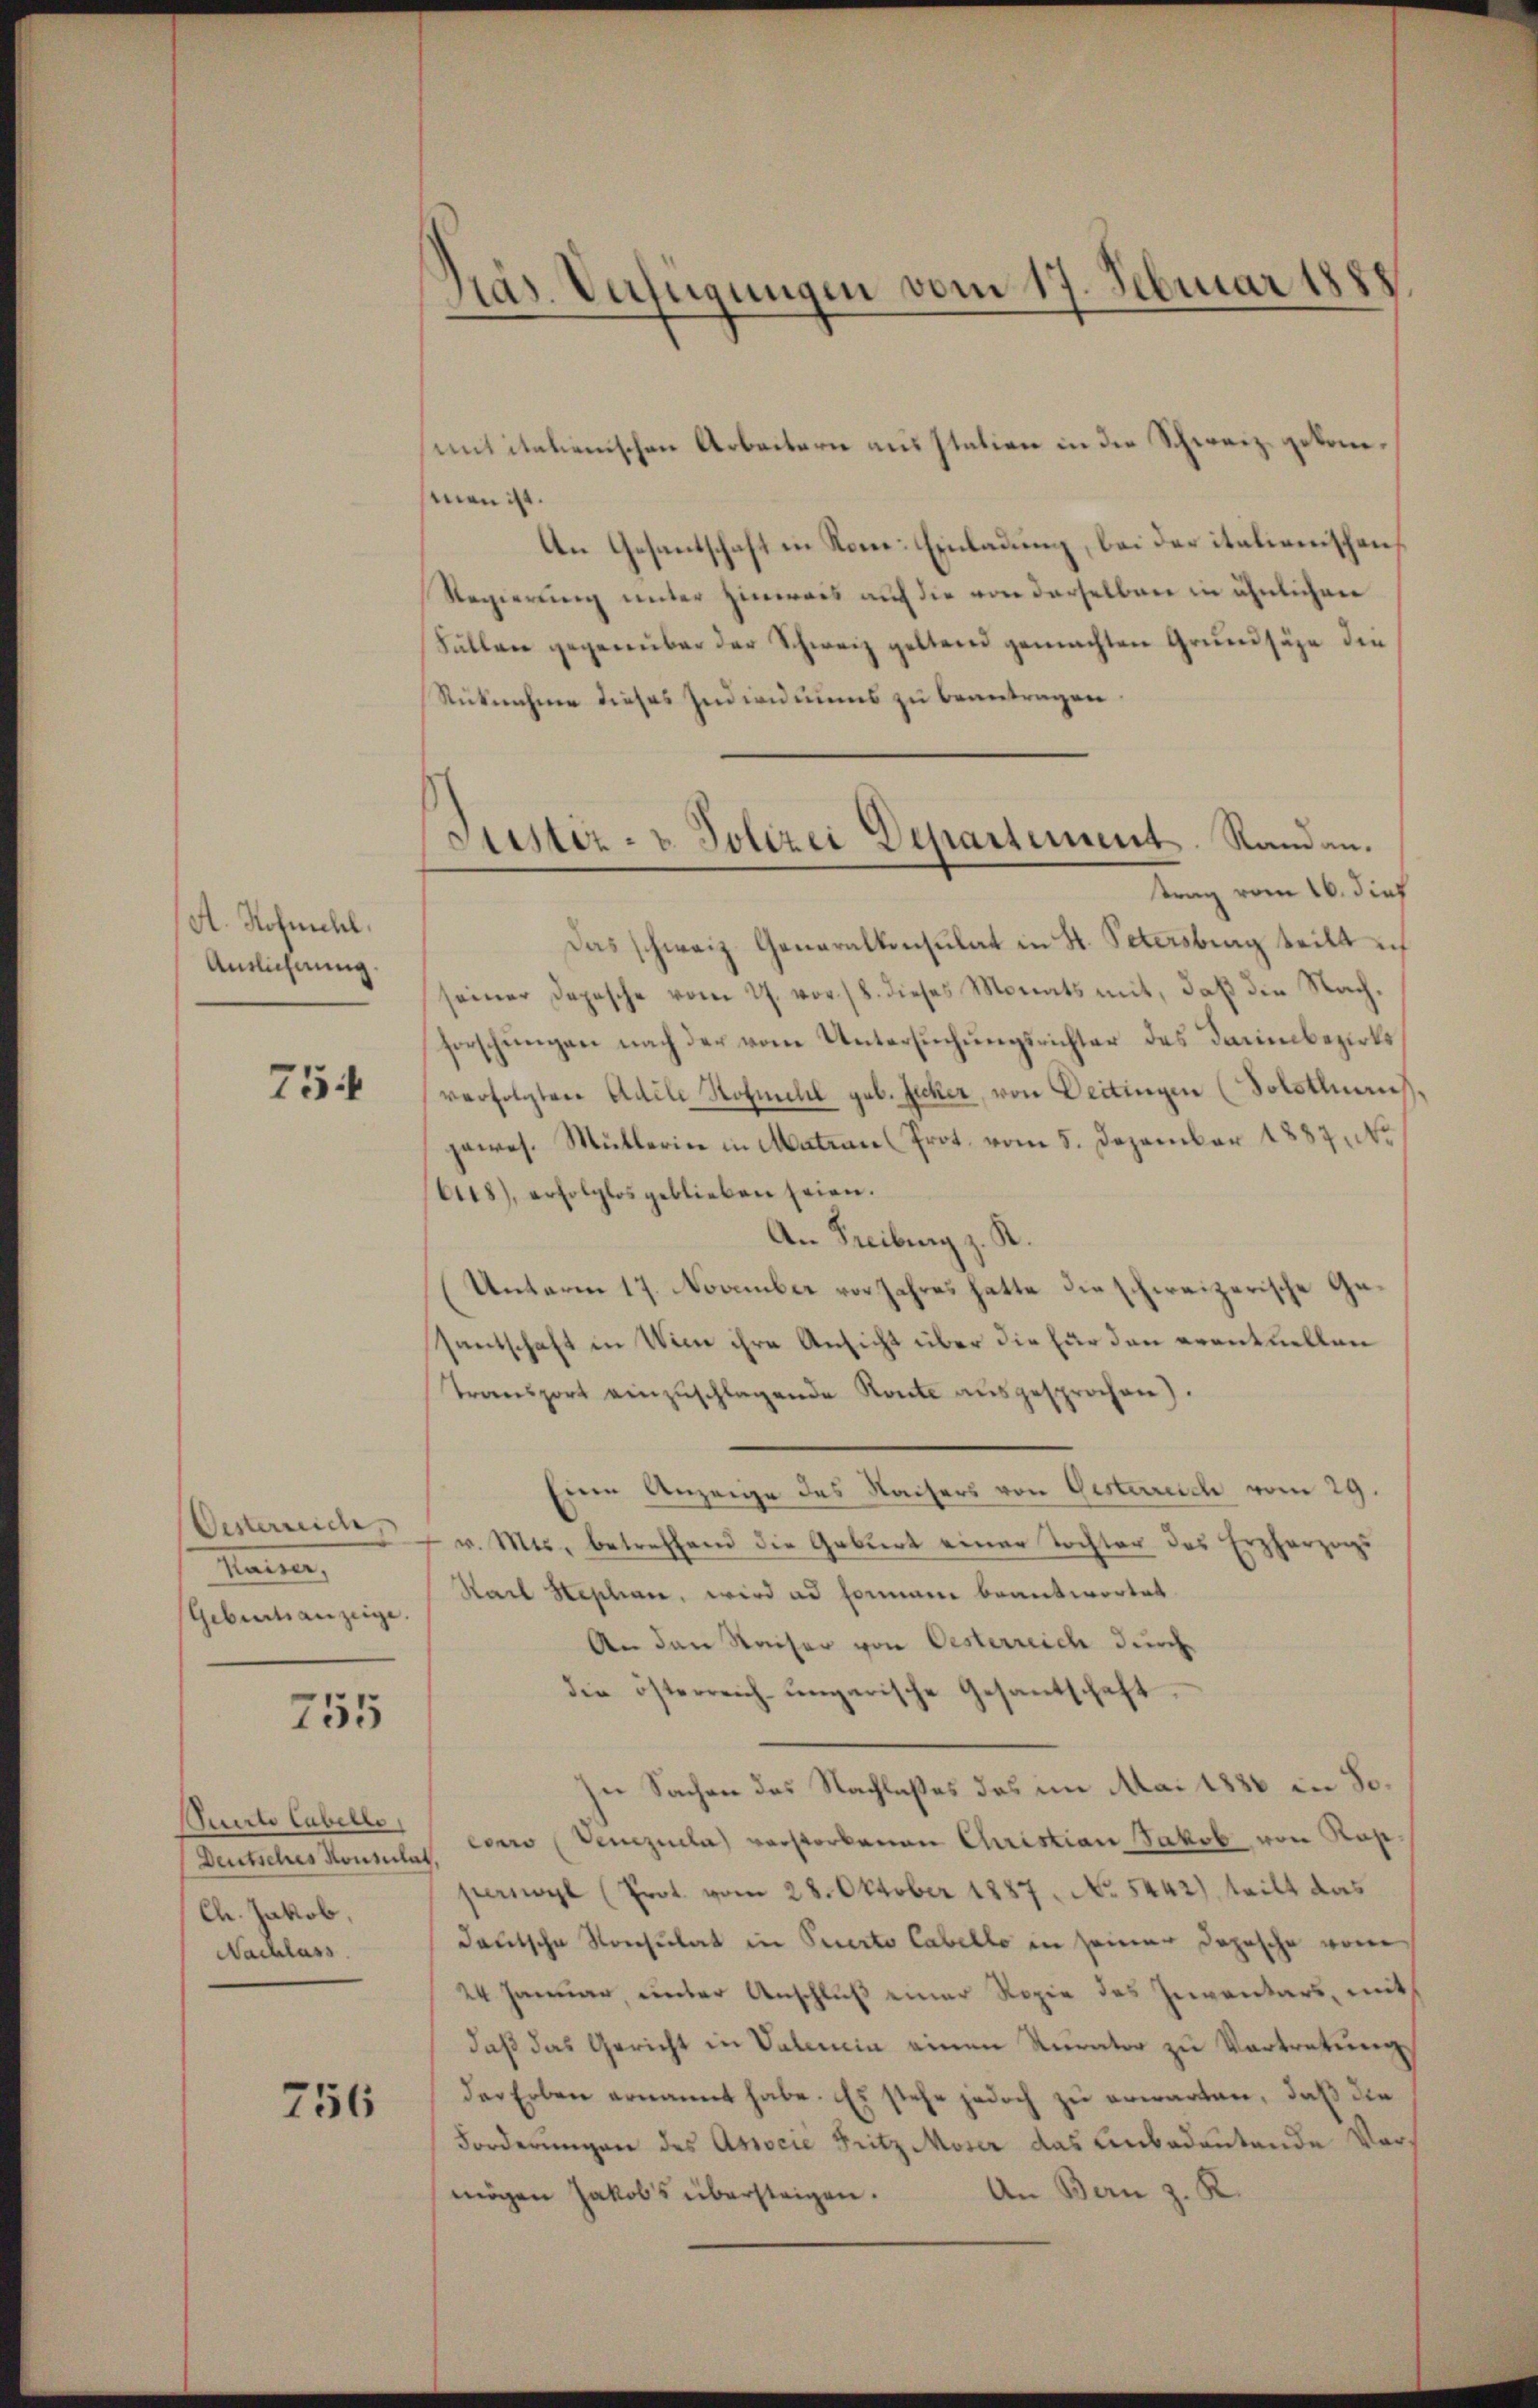
A. Hofmehl,
Anslichnung.

754

Oesterreich,
Manne
Geburtsanzeige.

755

Deutsches Konsulat,
Ch. Jakob,
Nachlass

756

mit italienischen Arbeitern ausstation in die Schweiz. gekomman ist.
An Gesantschaft in Kom-Einladung, bei der italionischens
Regierung unter Hinweis auf die von derselben in ähnlichen
Fällen gegenüber der Schweiz geltend gemachten Grundsäge die
Rücknahme dieses Individuums zu beantragen.
trag vom 16. dies
Das schweiz. Generalkonsulat in St. Petersburg teilt ich
seiner Depesche vom 27. vor 18. dieses Monats mit, daß die Nachforschungen nach der vom Untersuchungsrichter des Daumbezirksverfolgten Adele Hofmehl geb. Zucker, von Deitingen (Solothurus,
gewes. Müllerie in Matian (Prot. vom 5. Dezember 1887, No
68), erfolglos geblieben seien.
An Freiburg z. R.
(Unterm 17. November vor Jahres hatte die schweizerische Ge¬
Zantschaft in Wien ihre Ansicht über die für den eventuellen
Transport einzuschlagende Route ausgesprochen).
Eine Anzeige des Kaisers von Gesterreich vom 29.
v. Mts., betreffend die Geburt einer Tochter des Erzherzigs
Stadl Heslian, wird ad Formani beantwortet.
An den Kaiser von Oesterreich durch
die österreich-ungarische Gesantschaft
In Sachen des Nachlaßes das im Mai 1880 in So¬
Puerte Cabelle couro Venezuela) verstorbenen Christian Jakob von Rapperswyl (Prot. vom 28. Oktober 1887, No 5442), teilt das
deutsche Konsulat in Perto Cabello in seiner Dopische vom
24 Januar, unter Anschluß einer Kopie des Inventars, mit
daß das Gericht in Vateria einen Kurator zu Vortretung
der Erben ernannt habe. Es stehe jedoch zu erwarten, daß die
Forderungen des Associe Fritz Moser das Unbedeutende Vor¬
An Bern z. K.
mögen Jakob’s übersteigen.

Präs. Verfügungen vom 17. Februar 1888

onister- u. Polizei Departement. Randau.